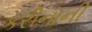
કરીનાની